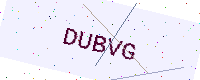
Text: DUBVG